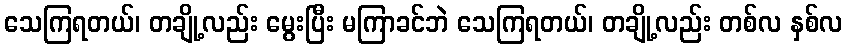
သေကြရတယ်၊ တချို့လည်း မွေးပြီး မကြာခင်ဘဲ သေကြရတယ်၊ တချို့လည်း တစ်လ နှစ်လ